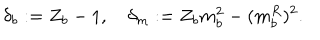
\delta _ { b } : = Z _ { b } - 1 , \quad \delta _ { m } : = Z _ { b } m _ { b } ^ { 2 } - ( m _ { b } ^ { R } ) ^ { 2 } .